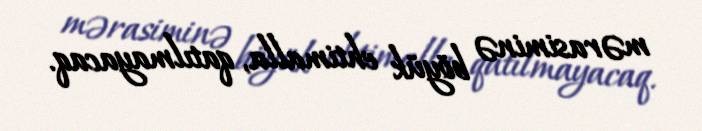
mərasiminə böyük ehtimalla, qatılmayacaq.